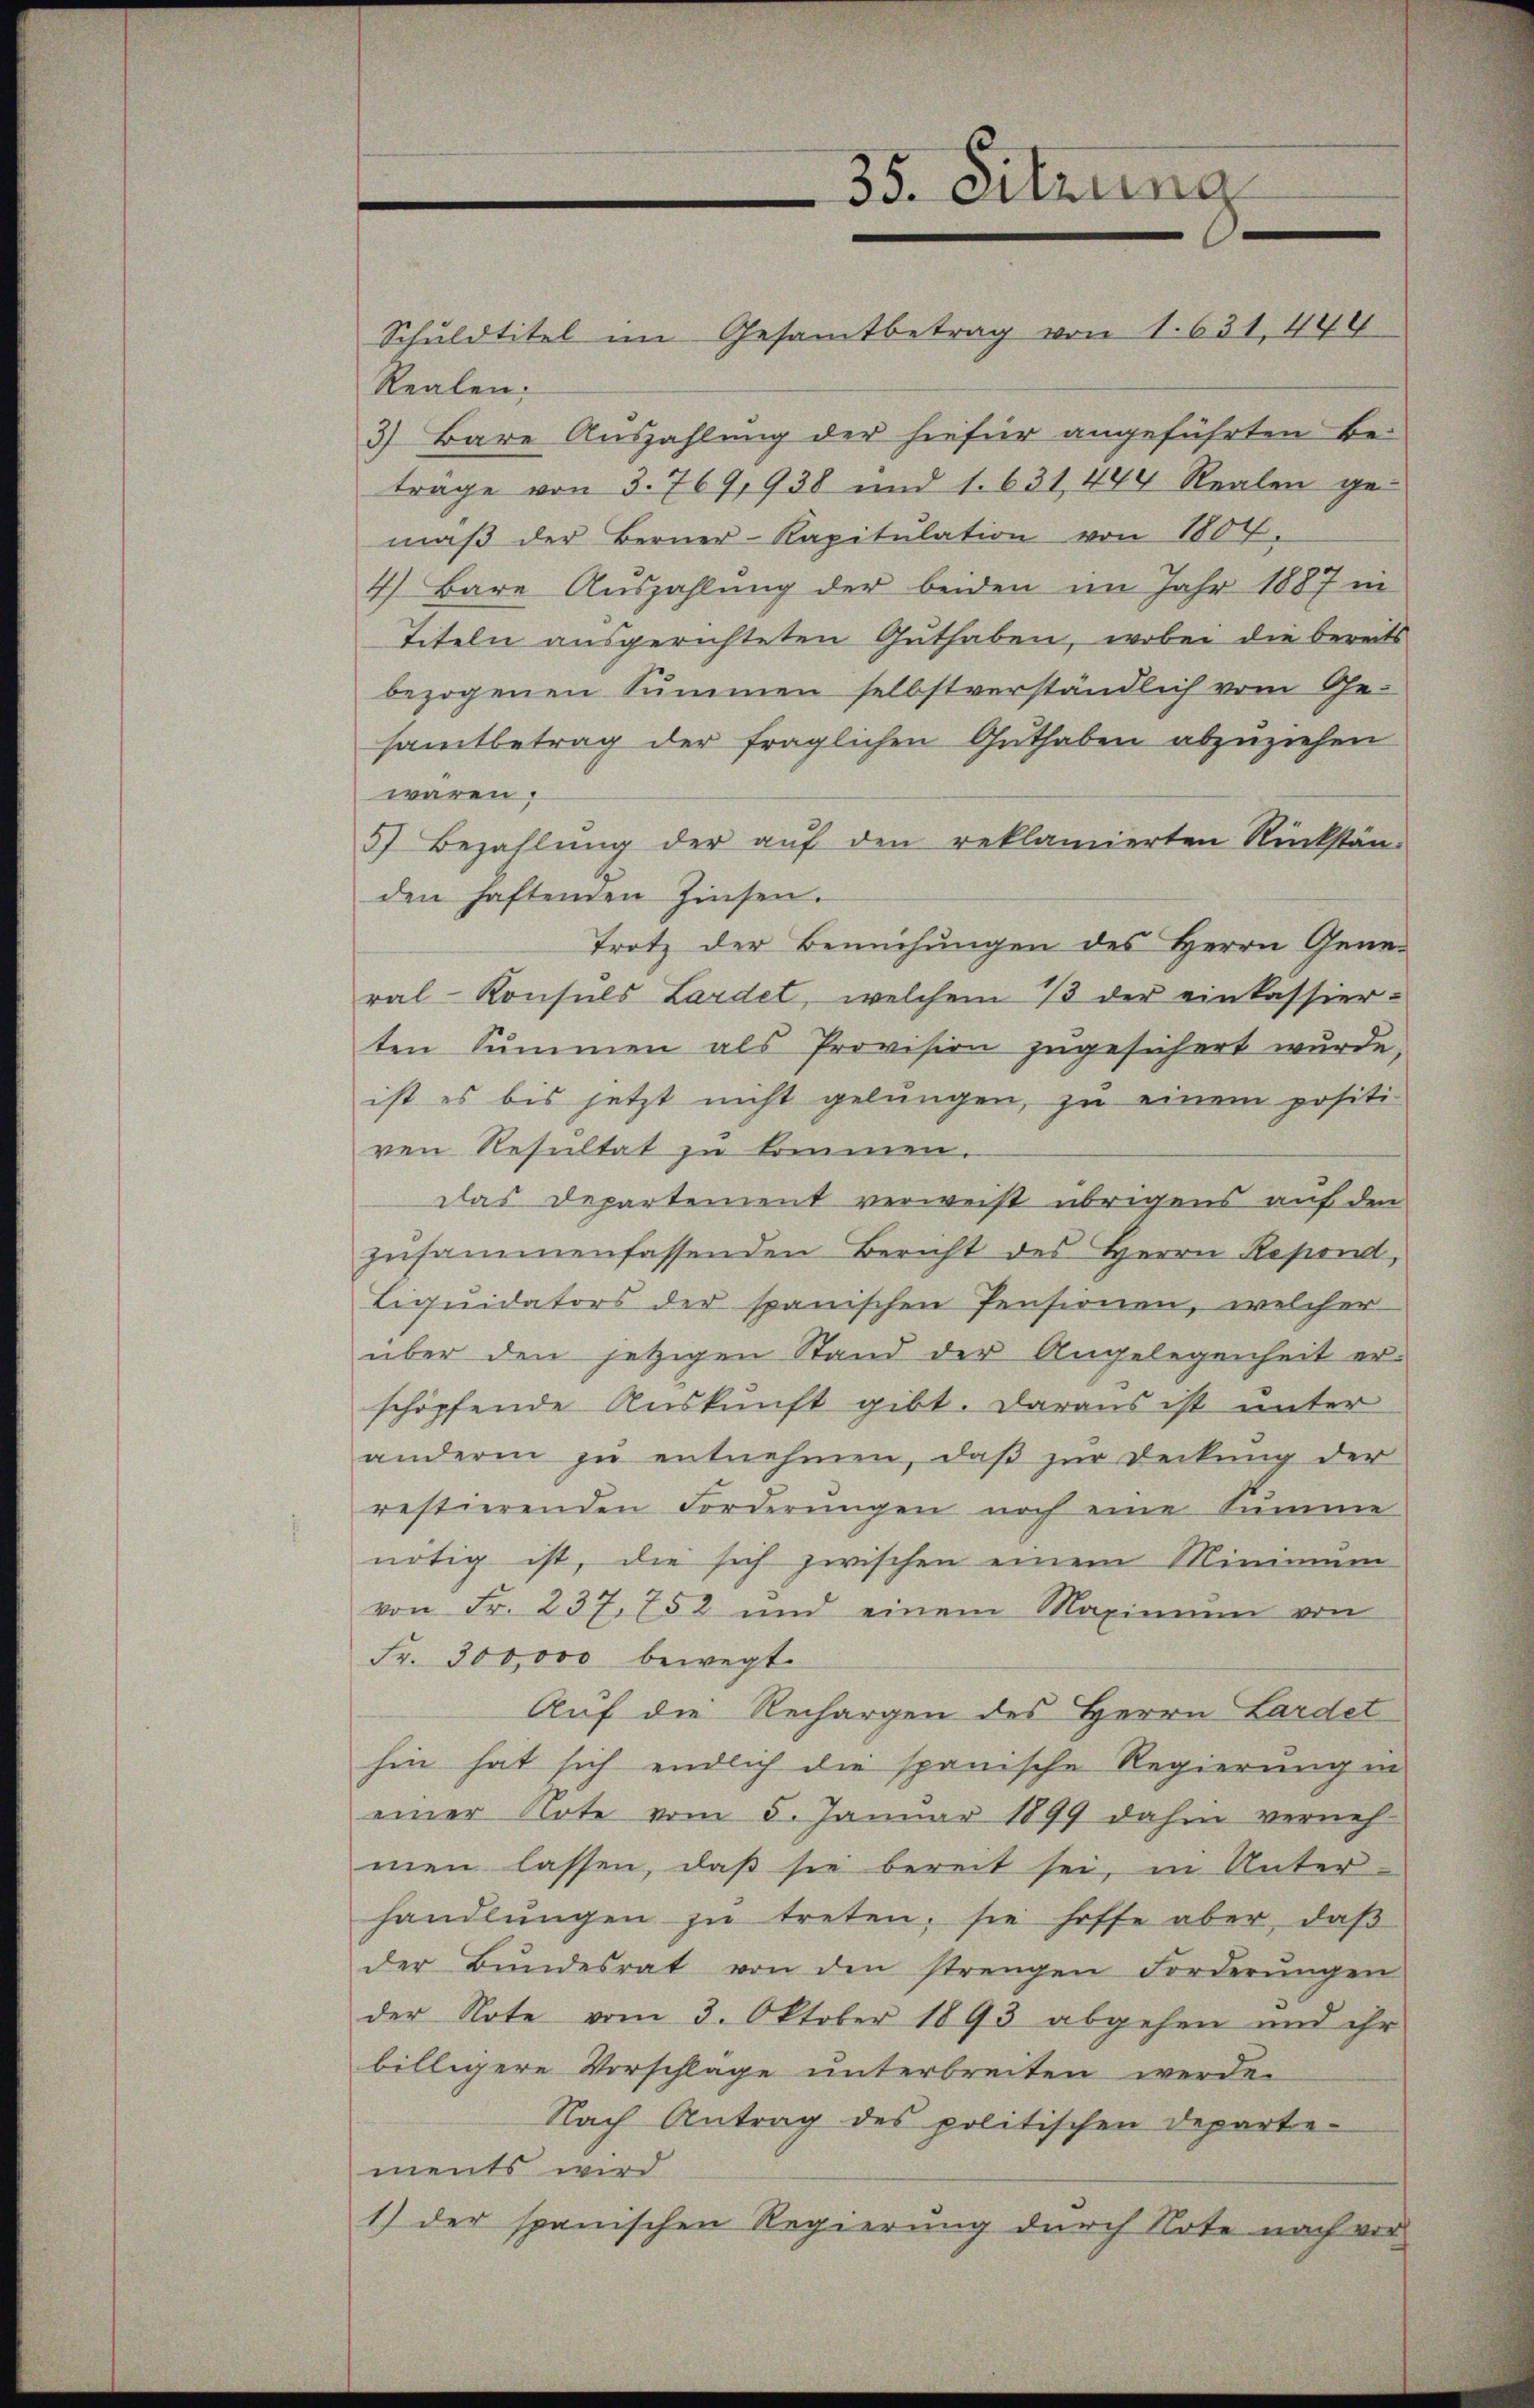
Schuldtitel im Gesamtbetrag von 1. 631, 444
Realen:
3) Bare Auszahlung der hiefür angeführten Beträge von 3. 769, 938 und 1. 631, 444 Realen ge-
mäβ der Berner-Kapitulation von 1804,
4) Bare Auszahlung der beiden im Jahr 1887 in
Titeln ausgerichteten Guthaben, wobei die bereits
bezogenen Summen selbstverständlich vom Ge-
samtbetrag der fraglichen Guthaben abzuziehen
wären.
5) Bezahlŭng der aŭf den reklamierten Rückstän-
den haftenden Zinsen.
Trotz der Bemühungen des Herrn General-Konsuls Lardet, welchem / der einkassier-
ten Summen als Provision zugesichert wurde,
ist es bis jetzt nicht gelungen, zu einem positi
ven Resultat zu kommen.
Das Departement verweist übrigens auf den
zusammenfassenden Bericht des Herrn Repond,
Liquidators der spanischen Pensionen, welcher
über den jetzigen Stand der Angelegenheit er-
schöpfende Auskunft gibt. Daraus ist unter
andern zŭ entnehmen, daβ zŭr Deckung der
restierenden Forderungen noch eine Summe
nötig ist, die sich zwischen einem Minimum
von Fr. 237. 752 und einem Maximŭm von
Fr. 300,000 bewegt
Auf die Rechargen des Herrn Lardet
hin hat sich endlich die spanische Regierung in
einer Note vom 5. Januar 1899 dahin verneh-
men lassen, daß sie bereit sei, in Unter-
handlŭngen zŭ treten, sie hoffe aber, daβ
der Bŭndesrat von den strengen Forderŭngen
der Note vom 3. Oktober 1893 abgehen und ihr
billigere Vorschläge unterbreiten werden
Nach Antrag des politischen Departements wird
1) der spanischen Regierung durch Note nach vor

35. Sitzung